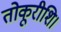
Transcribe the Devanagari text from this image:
तोकूरीशि।